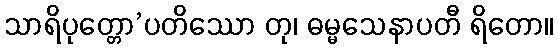
သာရိပုတ္တော’ပတိဿော တု၊ ဓမ္မသေနာပတီ ရိတော။